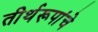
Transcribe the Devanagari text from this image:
तीर्थरूपांचे